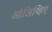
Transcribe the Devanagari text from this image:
ओलिव्हिए